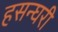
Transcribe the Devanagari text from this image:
हसन्घरी